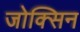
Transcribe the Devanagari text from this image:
जोक्सिन